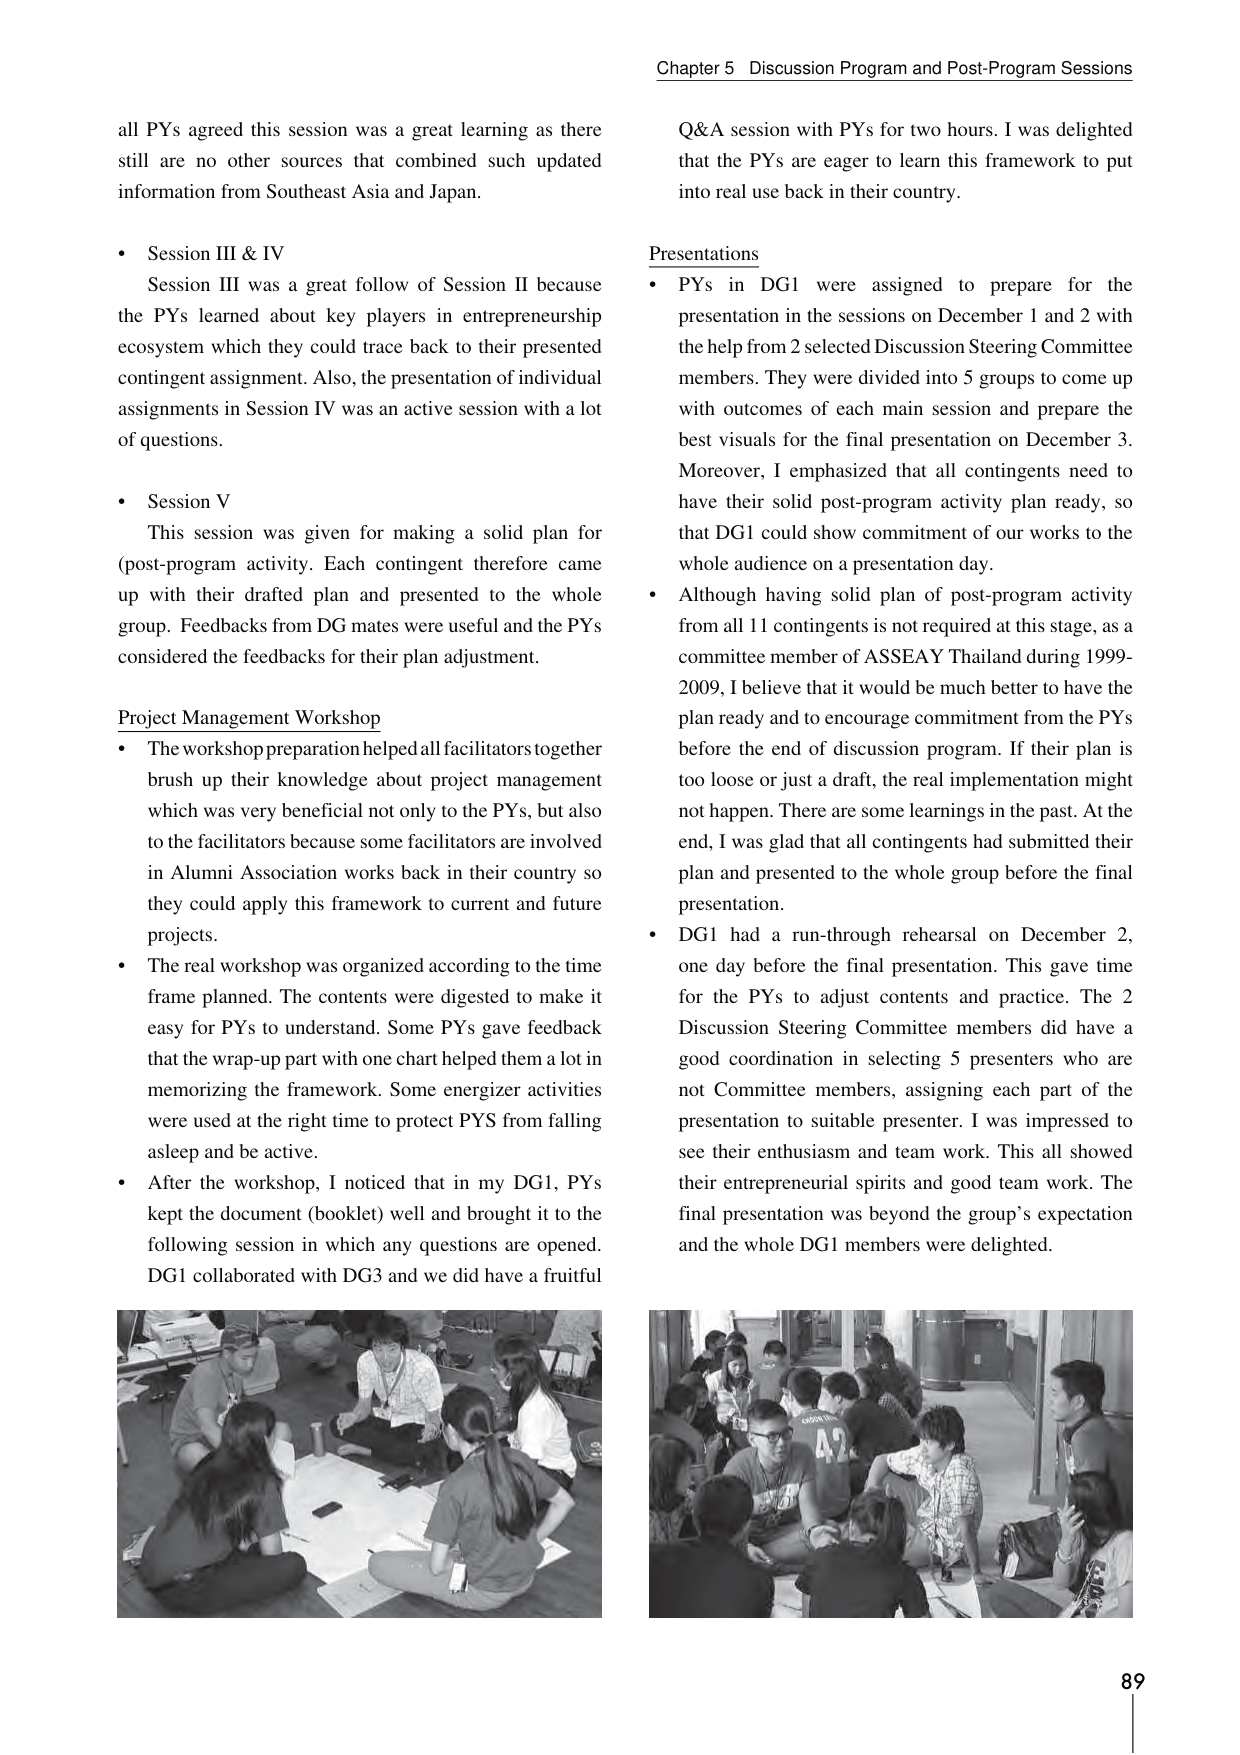
Chapter 5 Discussion Program and Post-Program Sessions

all PYs agreed this session was a great learning as there still are no other sources that combined such updated information from Southeast Asia and Japan.

• Session III & IV
Session III was a great follow of Session II because the PYs learned about key players in entrepreneurship ecosystem which they could trace back to their presented contingent assignment. Also, the presentation of individual assignments in Session IV was an active session with a lot of questions.

• Session V
This session was given for making a solid plan for (post-program activity). Each contingent therefore came up with their drafted plan and presented to the whole group. Feedbacks from DG mates were useful and the PYs considered the feedbacks for their plan adjustment.

Project Management Workshop
• The workshop preparation helped all facilitators together brush up their knowledge about project management which was very beneficial not only to the PYs, but also to the facilitators because some facilitators are involved in Alumni Association works back in their country so they could apply this framework to current and future projects.
• The real workshop was organized according to the time frame planned. The contents were digested to make it easy for PYs to understand. Some PYs gave feedback that the wrap-up part with one chart helped them a lot in memorizing the framework. Some energizer activities were used at the right time to protect PYS from falling asleep and be active.
• After the workshop, I noticed that in my DG1, PYs kept the document (booklet) well and brought it to the following session in which any questions are opened. DG1 collaborated with DG3 and we did have a fruitful

Q&A session with PYs for two hours. I was delighted that the PYs are eager to learn this framework to put into real use back in their country.

Presentations
• PYs in DG1 were assigned to prepare for the presentation in the sessions on December 1 and 2 with the help from 2 selected Discussion Steering Committee members. They were divided into 5 groups to come up with outcomes of each main session and prepare the best visuals for the final presentation on December 3. Moreover, I emphasized that all contingents need to have their solid post-program activity plan ready, so that DG1 could show commitment of our works to the whole audience on a presentation day.
• Although having solid plan of post-program activity from all 11 contingents is not required at this stage, as a committee member of ASSEAY Thailand during 1999-2009, I believe that it would be much better to have the plan ready and to encourage commitment from the PYs before the end of discussion program. If their plan is too loose or just a draft, the real implementation might not happen. There are some learnings in the past. At the end, I was glad that all contingents had submitted their plan and presented to the whole group before the final presentation.
• DG1 had a run-through rehearsal on December 2, one day before the final presentation. This gave time for the PYs to adjust contents and practice. The 2 Discussion Steering Committee members did have a good coordination in selecting 5 presenters who are not Committee members, assigning each part of the presentation to suitable presenter. I was impressed to see their enthusiasm and team work. This all showed their entrepreneurial spirits and good team work. The final presentation was beyond the group’s expectation and the whole DG1 members were delighted.

89